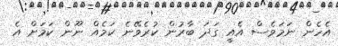
އެހެން ނަމަވެސް އެއީ ގަދަ ބާރުން ކުރެވޭނެ ކަމެއް ނޫން ކަމަށް އެ